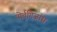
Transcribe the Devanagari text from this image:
पोर्तुगिजांस